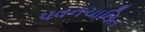
પવનચાલિત